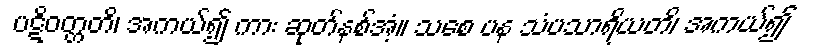
ပဋိဝတ္တတိ၊ အကယ်၍ ကား ဆုတ်နစ်အံ့။ သစေ ပန သံပသာရိယတိ၊ အကယ်၍